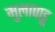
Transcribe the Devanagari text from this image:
मुलापाडू